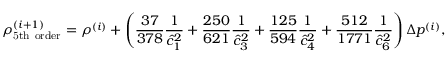
\rho _ { \mathrm { 5 t h ~ o r d e r } } ^ { ( i + 1 ) } = \rho ^ { ( i ) } + \left( \frac { 3 7 } { 3 7 8 } \frac { 1 } { \hat { c } _ { 1 } ^ { 2 } } + \frac { 2 5 0 } { 6 2 1 } \frac { 1 } { \hat { c } _ { 3 } ^ { 2 } } + \frac { 1 2 5 } { 5 9 4 } \frac { 1 } { \hat { c } _ { 4 } ^ { 2 } } + \frac { 5 1 2 } { 1 7 7 1 } \frac { 1 } { \hat { c } _ { 6 } ^ { 2 } } \right) \Delta p ^ { ( i ) } ,